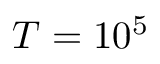
T = 1 0 ^ { 5 }